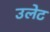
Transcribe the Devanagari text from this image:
उलेट